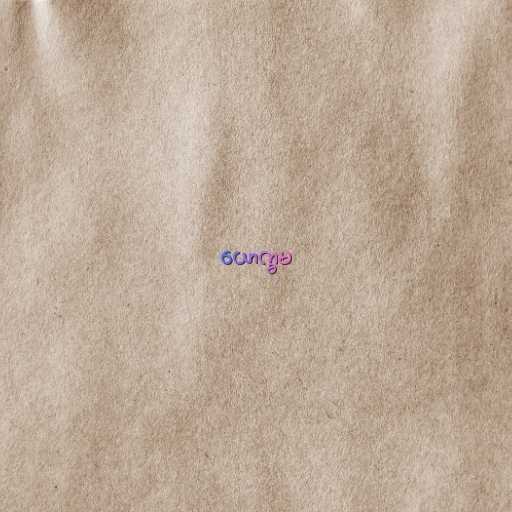
ယောက္ခမ